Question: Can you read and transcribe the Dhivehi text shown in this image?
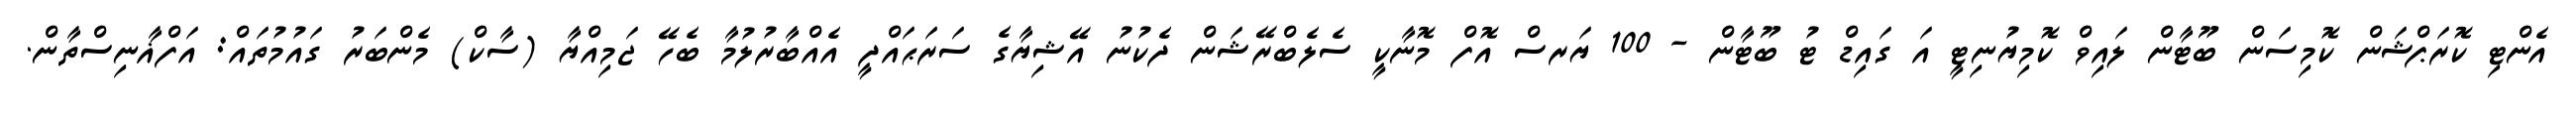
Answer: އެންޓި ކޮރަޕްޝަން ކޮމިސަން ބޫޓާން ލައިވް ކޮމިޔުނިޓީ އަ ގައިޑް ޓު ބޫޓާން - 100 ޔަރސް އޮފް މޮނާކީ ސެލެބްރޭޝަން ދެކުނު އޭޝިޔާގެ ސަރަޙައްދީ އެއްބާރުލުމާ ބެހޭ ޖަމިއްޔާ (ސާކް) މެންބަރު ގައުމުތައް: އަފްޣާނިސްތާން.